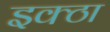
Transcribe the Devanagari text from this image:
इक्ठा